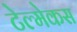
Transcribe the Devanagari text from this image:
टेल्मेकस